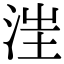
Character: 𣳫